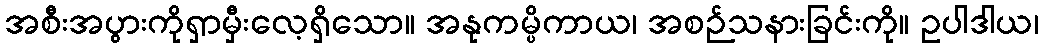
အစီးအပွားကိုရှာမှီးလေ့ရှိသော။ အနုကမ္ပိကာယ၊ အစဉ်သနားခြင်းကို။ ဥပါဒါယ၊